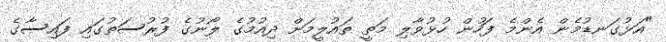
"އަޅުގަނޑުމެން އެންމެ ފަހުން ހުޅުވާލި މަތީ ތައުލީމަށް ދިއުމުގެ ލޯނުގެ ފުރުސަތުގައި ފައިސާގެ